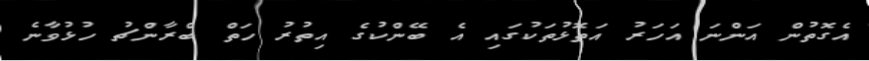
އެގޮތުން އަންނަ އަހަރު އަތޮޅުތަކުގައި އެ ބޭންކުގެ އިތުރު ހަތް ބްރާންޗު ހުޅުވާނެ